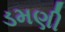
ડમણી